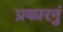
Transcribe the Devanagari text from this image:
प्रकारनुं